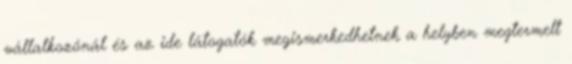
vállalkozónál és az ide látogatók megismerkedhetnek a helyben megtermelt